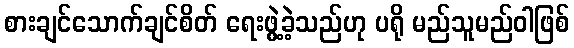
စားချင်သောက်ချင်စိတ် ရေးဖွဲ့ခဲ့သည်ဟု ပရို မည်သူမည်ဝါဖြစ်